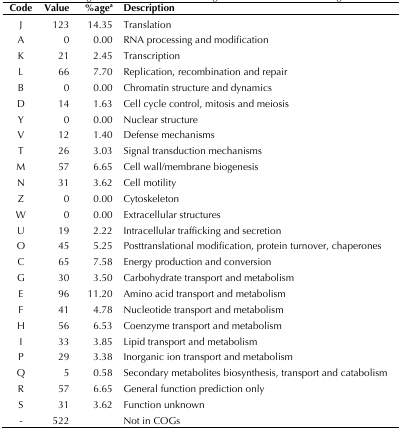
<table><thead><tr><td><b>Code</b></td><td><b>Value</b></td><td><b>%age<sup>a</sup></b></td><td><b>Description</b></td></tr></thead><tbody><tr><td>J</td><td>123</td><td>14.35</td><td>Translation</td></tr><tr><td>A</td><td>0</td><td>0.00</td><td>RNA processing and modification</td></tr><tr><td>K</td><td>21</td><td>2.45</td><td>Transcription</td></tr><tr><td>L</td><td>66</td><td>7.70</td><td>Replication, recombination and repair</td></tr><tr><td>B</td><td>0</td><td>0.00</td><td>Chromatin structure and dynamics</td></tr><tr><td>D</td><td>14</td><td>1.63</td><td>Cell cycle control, mitosis and meiosis</td></tr><tr><td>Y</td><td>0</td><td>0.00</td><td>Nuclear structure</td></tr><tr><td>V</td><td>12</td><td>1.40</td><td>Defense mechanisms</td></tr><tr><td>T</td><td>26</td><td>3.03</td><td>Signal transduction mechanisms</td></tr><tr><td>M</td><td>57</td><td>6.65</td><td>Cell wall/membrane biogenesis</td></tr><tr><td>N</td><td>31</td><td>3.62</td><td>Cell motility</td></tr><tr><td>Z</td><td>0</td><td>0.00</td><td>Cytoskeleton</td></tr><tr><td>W</td><td>0</td><td>0.00</td><td>Extracellular structures</td></tr><tr><td>U</td><td>19</td><td>2.22</td><td>Intracellular trafficking and secretion</td></tr><tr><td>O</td><td>45</td><td>5.25</td><td>Posttranslational modification, protein turnover, chaperones</td></tr><tr><td>C</td><td>65</td><td>7.58</td><td>Energy production and conversion</td></tr><tr><td>G</td><td>30</td><td>3.50</td><td>Carbohydrate transport and metabolism</td></tr><tr><td>E</td><td>96</td><td>11.20</td><td>Amino acid transport and metabolism</td></tr><tr><td>F</td><td>41</td><td>4.78</td><td>Nucleotide transport and metabolism</td></tr><tr><td>H</td><td>56</td><td>6.53</td><td>Coenzyme transport and metabolism</td></tr><tr><td>I</td><td>33</td><td>3.85</td><td>Lipid transport and metabolism</td></tr><tr><td>P</td><td>29</td><td>3.38</td><td>Inorganic ion transport and metabolism</td></tr><tr><td>Q</td><td>5</td><td>0.58</td><td>Secondary metabolites biosynthesis, transport and catabolism</td></tr><tr><td>R</td><td>57</td><td>6.65</td><td>General function prediction only</td></tr><tr><td>S</td><td>31</td><td>3.62</td><td>Function unknown</td></tr><tr><td>-</td><td>522</td><td></td><td>Not in COGs</td></tr></tbody></table>